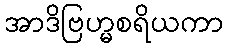
အာဒိဗြဟ္မစရိယကာ